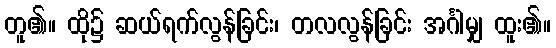
တူ၏။ ထို၌ ဆယ်ရက်လွန်ခြင်း၊ တလလွန်ခြင်း အင်္ဂါမျှ ထူး၏။